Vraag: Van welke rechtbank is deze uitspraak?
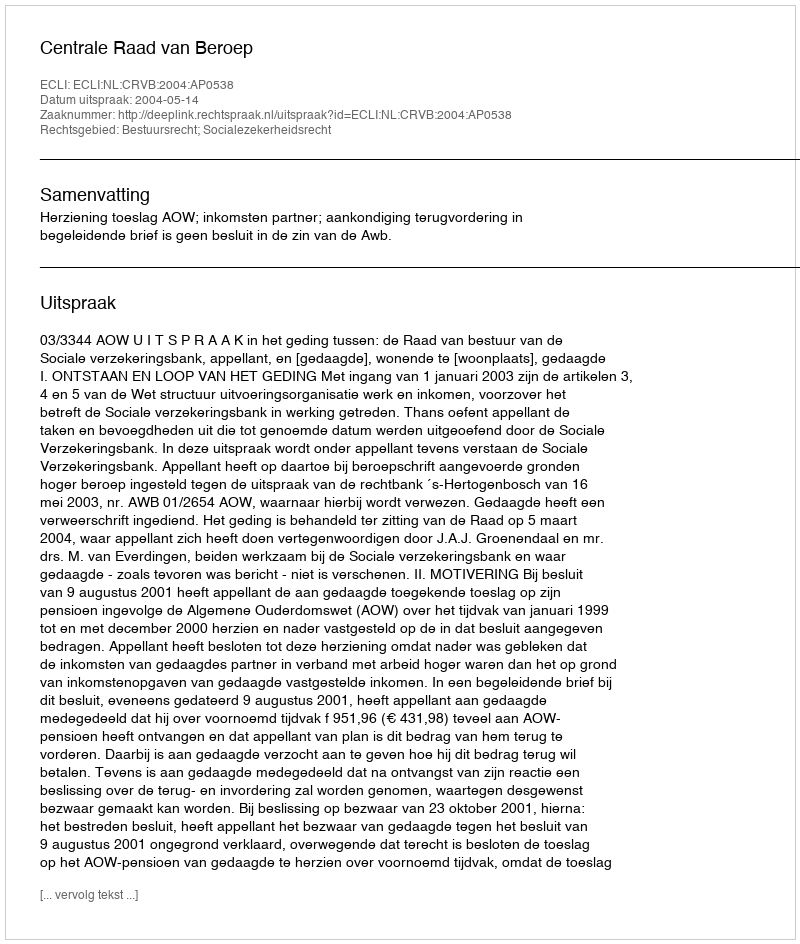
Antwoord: Centrale Raad van Beroep